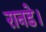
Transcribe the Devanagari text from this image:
रानडे।